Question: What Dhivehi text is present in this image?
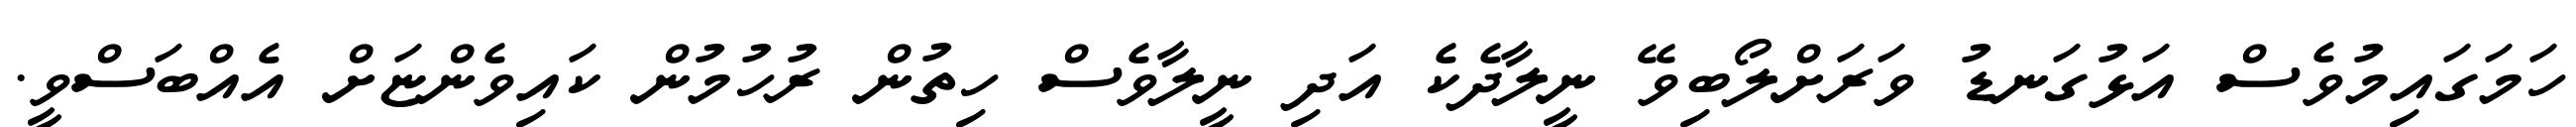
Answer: ހަމަގައިމުވެސް އަޅުގަނޑު ވަރަށްލޯބިވޭ ނީލާދެކެ އަދި ނީލާވެސް ހިތުން ރުހުމުން ކައިވެންޏަށް އެއްބަސްވީ.